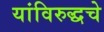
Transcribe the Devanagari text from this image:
यांविरुद्धचे